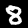
Label: 8